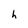
Character: h